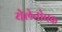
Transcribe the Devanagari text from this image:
येलेनोव्स्क